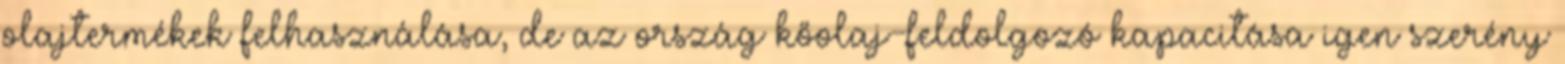
olajtermékek felhasználása, de az ország kőolaj-feldolgozó kapacitása igen szerény